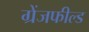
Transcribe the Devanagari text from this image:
ग्रेंजफील्ड